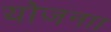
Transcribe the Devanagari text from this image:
योजनाा